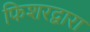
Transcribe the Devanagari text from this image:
फिशरद्वारा